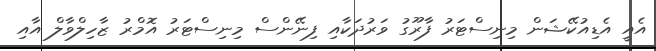
އެއީ އެޑިއުކޭޝަން މިނިސްޓަރު ފާރޫގު ވަރުދަކާއި ފިނޭންސް މިނިސްޓަރު އޮމްރު ޒާހިލްވާލް އާއި